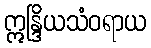
ဣန္ဒြိယသံဝရာယ